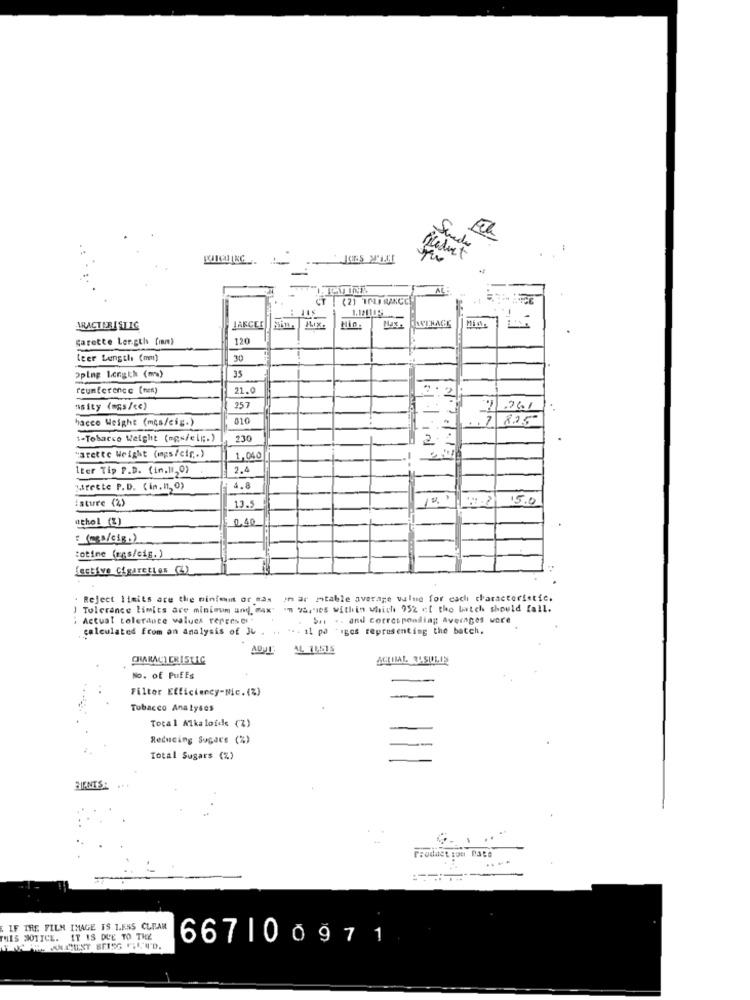
. .
product
LEV INE
AL
CT | (2) TOL, RANCE
105
ARACTERISTIC
JAKCLE
MIX
Nin.
garette Ler.gth [mm)
120
leer Length (mm)
30
Oping Length (m)
35
21.0
.2
"sity (mas/ << )
257
hacce Weight (mos/eig.)
810
7 825
1-Tobacco Weight (mgs/eli ;. )
230
"arette Weight (mgs/cir.)
1,040
lter Tip P.D. (in.11,0)
2.4
strette P.D. (in.11, 0)
4.8
isture (%)
15.0
13.5
uthol (L)
0,40
:_ (nss/cig.)
:otime (gps/cig.)
Lective Cigarettes (3)
Reject limits are the ninfem or mas har ritable average value for each characteristic.
) Tolerance limits are minimum and, Max:
um varribs within which 952 of the batch should fall.
Actual tolerance values represe
$. . . and corresponding Averages wore
calculated from on analysis of Ju . .
il pa -igos representing the batch.
ACILIAL 3L.SULIS
No. of Puffs
Filter Efficiency-Nic. (%)
Tobacco Analyses
Total Alkaloid (%)
Reducing Sugars (%)
Total Sugars (%)
HIENTS:
IF TRE FILM IMAGE IS L.FNS CLEAR
THIS NOTICE. IT IS DUE TO THE
667100971